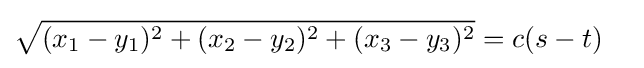
{\sqrt {(x_{1}-y_{1})^{2}+(x_{2}-y_{2})^{2}+(x_{3}-y_{3})^{2}}}=c(s-t)\quad